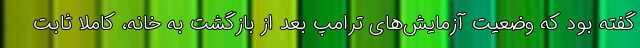
گفته بود که وضعیت آزمایش‌های ترامپ بعد از بازگشت به خانه، کاملا ثابت